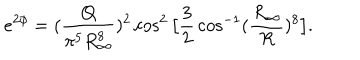
LaTeX: e ^ { 2 \phi } = ( { \frac { Q } { \pi ^ { 5 } R _ { \infty } ^ { 8 } } } ) ^ { 2 } \cos ^ { 2 } \big [ { \frac { 3 } { 2 } } \cos ^ { - 1 } ( { \frac { R _ { \infty } } { R } } ) ^ { 8 } \big ] .